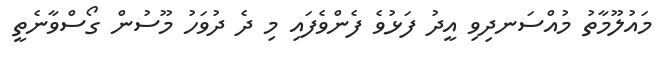
މައުލޫމާތު މުއްސަނދިވި އީދު ފަޅުވެ ފެންވެފައި މި ދެ ދުވަހު މޫސުން ގޯސްވާނެތީ